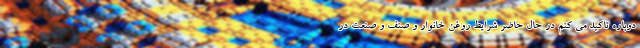
دوباره تاکید می کنم در حال حاضر شرایط روغن خانوار و صنف و صنعت در